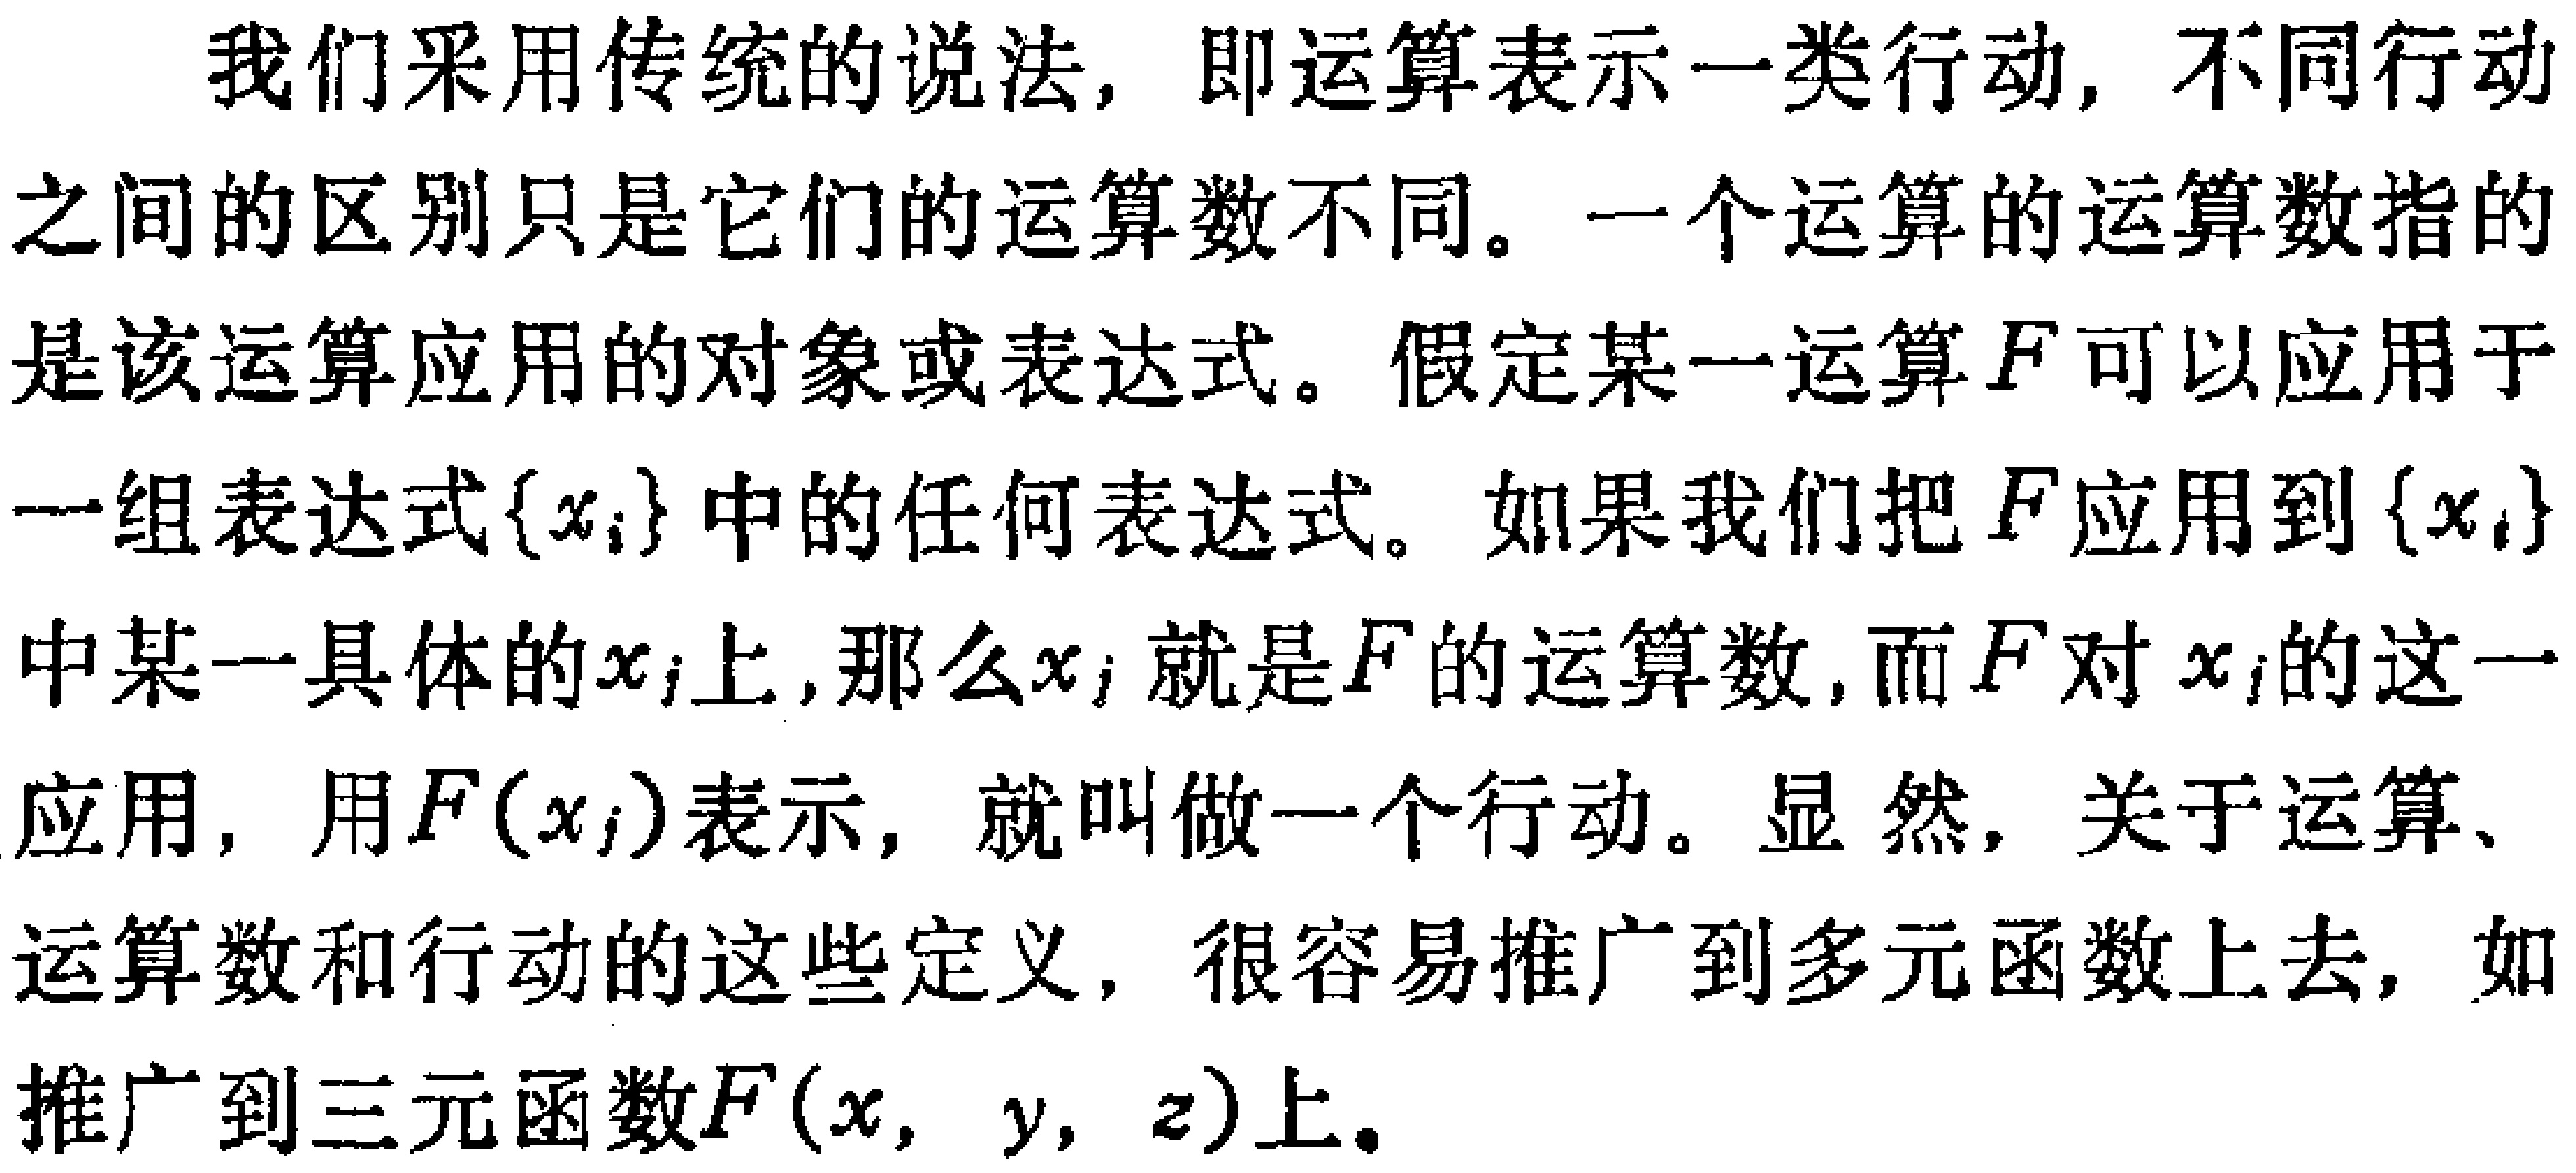
我们采用传统的说法，即运算表示一类行动，不同行动之间的区别只是它们的运算数不同。一个运算的运算数指的是该运算应用的对象或表达式。假定某一运算\(F\)可以应用于一组表达式\(\{x_{i}\}\)中的任何表达式。如果我们把\(F\)应用到\(\{x_{i}\}\)中某一具体的\(x_{j}\)上，那么\(x_{j}\)就是\(F\)的运算数，而\(F\)对\(x_{j}\)的这一应用，用\(F(x_{j})\)表示，就叫做一个行动。显然，关于运算、运算数和行动的这些定义，很容易推广到多元函数上去，如推广到三元函数\(F(x, y, z)\)上。